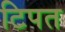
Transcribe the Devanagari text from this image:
टिपत